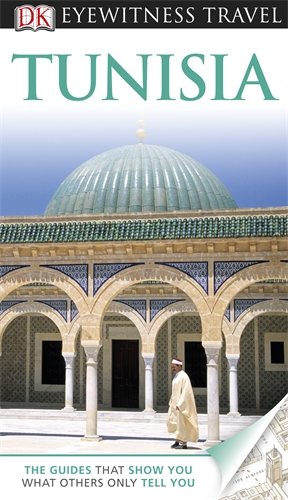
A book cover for Tunisia; Elzbieta Lisowscy; Travel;